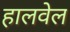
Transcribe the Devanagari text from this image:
हालवेल